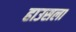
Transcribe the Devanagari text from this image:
हाउसला